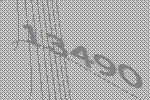
13490